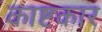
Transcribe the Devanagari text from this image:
काष्टकार